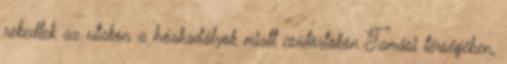
rekedtek az utakon a hóakadályok miatt csütörtökön Tamási térségében,